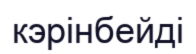
кэрінбейді